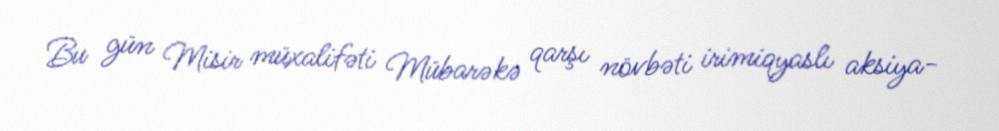
Bu gün Misir müxalifəti Mübarəkə qarşı növbəti irimiqyaslı aksiya-